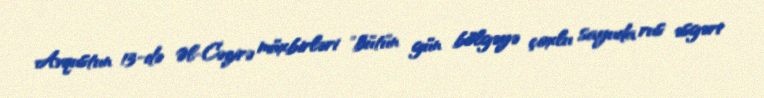
Avqustun 13-də Əl-Cəzirə müxbirləri "bütün gün bölgəyə çoxlu sayuda rus əsgəri